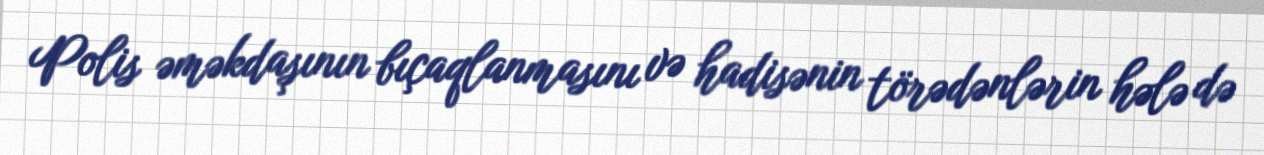
Polis əməkdaşının bıçaqlanmasını və hadisənin törədənlərin hələ də